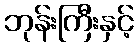
ဘုန်းကြီးနှင့်